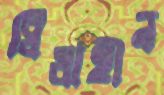
দ্বিধাহীন